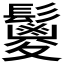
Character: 𩯣